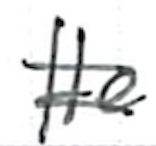
Text: He
Cross-out: mix
Writing tool: ballpoint